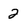
Character: 2